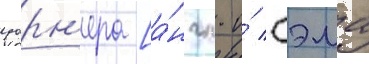
уорн'ера [а́нгл. и́ сэма